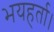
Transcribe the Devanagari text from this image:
भयहर्ता।